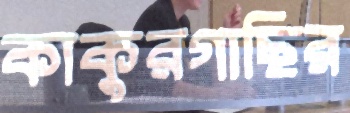
কাকুরগাছির